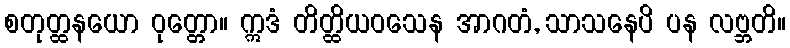
စတုတ္ထနယော ဝုတ္တော။ ဣဒံ တိတ္ထိယဝသေန အာဂတံ, သာသနေပိ ပန လဗ္ဘတိ။